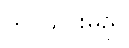
တင်သွင်းမည်